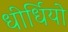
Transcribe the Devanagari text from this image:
धीर्धियो